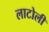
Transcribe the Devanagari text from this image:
लाटोली